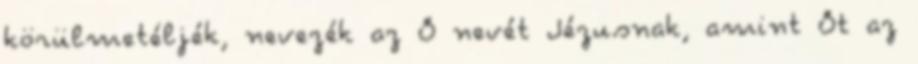
körülmetéljék, nevezék az Ő nevét Jézusnak, amint Őt az